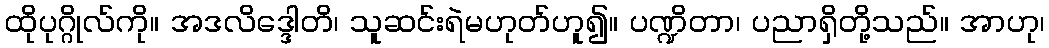
ထိုပုဂ္ဂိုလ်ကို။ အဒလိဒ္ဒေါတိ၊ သူဆင်းရဲမဟုတ်ဟူ၍။ ပဏ္ဍိတာ၊ ပညာရှိတို့သည်။ အာဟု၊